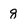
Character: 8